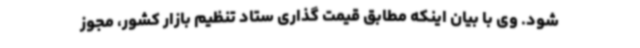
شود. وی با بیان اینکه مطابق قیمت گذاری ستاد تنظیم بازار کشور، مجوز